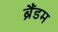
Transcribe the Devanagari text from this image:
ब्रैंडम